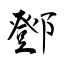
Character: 鄧